Leaving Certificate Examination (including Day School Certificate (Higher) General paper), 1939
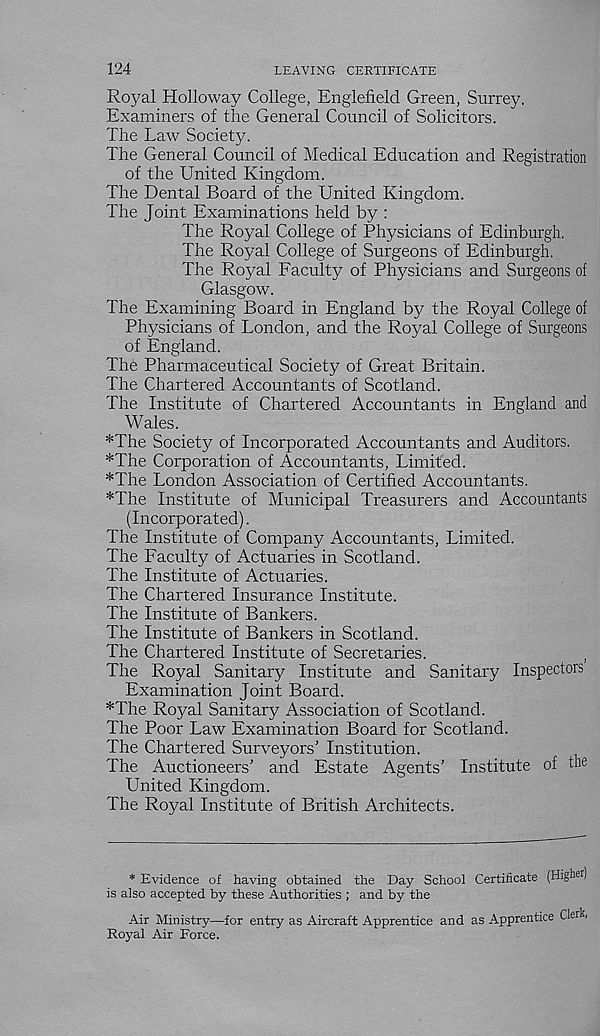
124
LEAVING CERTIFICATE
Royal Holloway College, Englefield Green, Surrey.
Examiners of the General Council of Solicitors.
The Law Society.
The General Council of Medical Education and Registration
of the United Kingdom.
The Dental Board of the United Kingdom.
The Joint Examinations held by :
The Royal College of Physicians of Edinburgh.
The Royal College of Surgeons of Edinburgh.
The Royal Faculty of Physicians and Surgeons of
Glasgow.
The Examining Board in England by the Royal College of
Physicians of London, and the Royal College of Surgeons
of England.
The Pharmaceutical Society of Great Britain.
The Chartered Accountants of Scotland.
The Institute of Chartered Accountants in England and
Wales.
*The Society of Incorporated Accountants and Auditors.
*The Corporation of Accountants, Limited.
*The London Association of Certified Accountants.
*The Institute of Municipal Treasurers and Accountants
(Incorporated).
The Institute of Company Accountants, Limited.
The Faculty of Actuaries in Scotland.
The Institute of Actuaries.
The Chartered Insurance Institute.
The Institute of Bankers.
The Institute of Bankers in Scotland.
The Chartered Institute of Secretaries.
,
The Royal Sanitary Institute and Sanitary Inspectors
Examination Joint Board.
*The Royal Sanitary Association of Scotland.
The Poor Law Examination Board for Scotland.
The Chartered Surveyors’ Institution.
The Auctioneers’ and Estate Agents’ Institute of the
United Kingdom.
The Royal Institute of British Architects.
* Evidence of having obtained the Day School Certificate (High er )
is also accepted by these Authorities ; and by the
Air Ministry—for entry as Aircraft Apprentice and as Apprentice Clerk,
Royal Air Force.